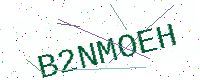
Text: B2NMOEH